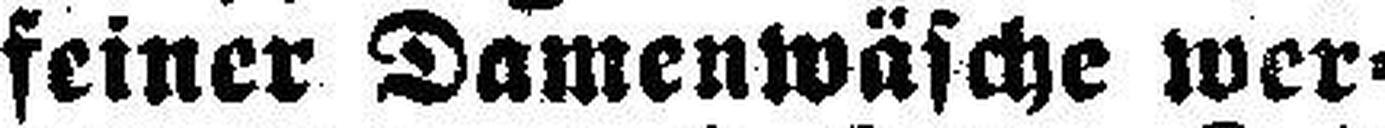
feiner Damenwäsche wer¬